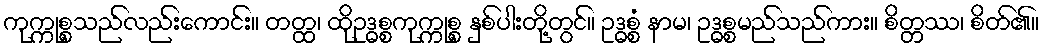
ကုက္ကုစ္စသည်လည်းကောင်း။ တတ္ထ၊ ထိုဥဒ္ဓစ္စကုက္ကုစ္စ နှစ်ပါးတို့တွင်။ ဥဒ္ဓစ္စံ နာမ၊ ဥဒ္ဓစ္စမည်သည်ကား။ စိတ္တဿ၊ စိတ်၏။